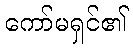
ကော်မရှင်၏